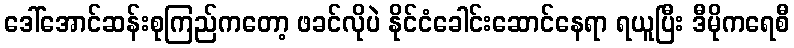
ဒေါ်အောင်ဆန်းစုကြည်ကတော့ ဖခင်လိုပဲ နိုင်ငံခေါင်းဆောင်နေရာ ရယူပြီး ဒီမိုကရေစီ